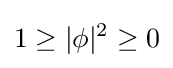
1\geq |\phi |^{2}\geq 0